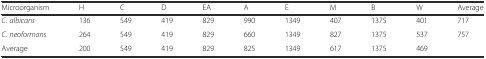
<table><thead><tr><td><b>Microorganism</b></td><td><b>H</b></td><td><b>C</b></td><td><b>D</b></td><td><b>EA</b></td><td><b>A</b></td><td><b>E</b></td><td><b>M</b></td><td><b>B</b></td><td><b>W</b></td><td><b>Average</b></td></tr></thead><tbody><tr><td><i>C. albicans</i></td><td>136</td><td>549</td><td>419</td><td>829</td><td>990</td><td>1349</td><td>407</td><td>1375</td><td>401</td><td>717</td></tr><tr><td><i>C. neoformans</i></td><td>264</td><td>549</td><td>419</td><td>829</td><td>660</td><td>1349</td><td>827</td><td>1375</td><td>537</td><td>757</td></tr><tr><td>Average</td><td>200</td><td>549</td><td>419</td><td>829</td><td>825</td><td>1349</td><td>617</td><td>1375</td><td>469</td><td></td></tr></tbody></table>